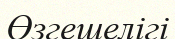
Өзгешелігі